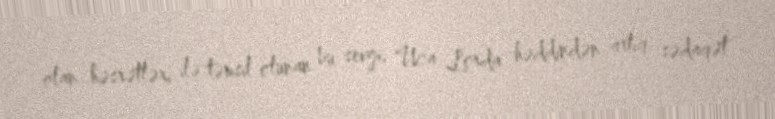
olan həsrətləri ilə təmsil olunan bu sevgi, Uca Lorda həddindən artıq sədaqət